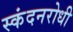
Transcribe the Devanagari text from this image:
स्कंदनरोधी